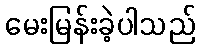
မေးမြန်းခဲ့ပါသည်